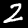
Label: 2